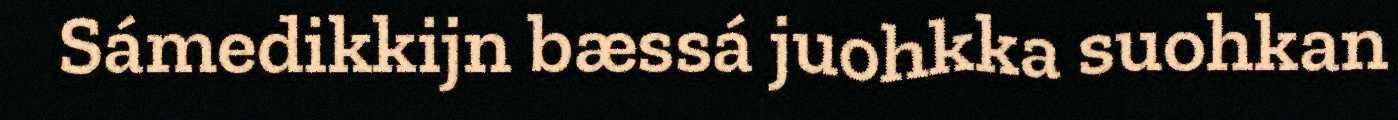
Sámedikkijn bæssá juohkka suohkan